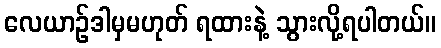
လေယာဉ်ဒါမှမဟုတ် ရထားနဲ့ သွားလို့ရပါတယ်။